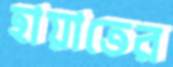
হায়াতের